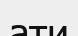
ати